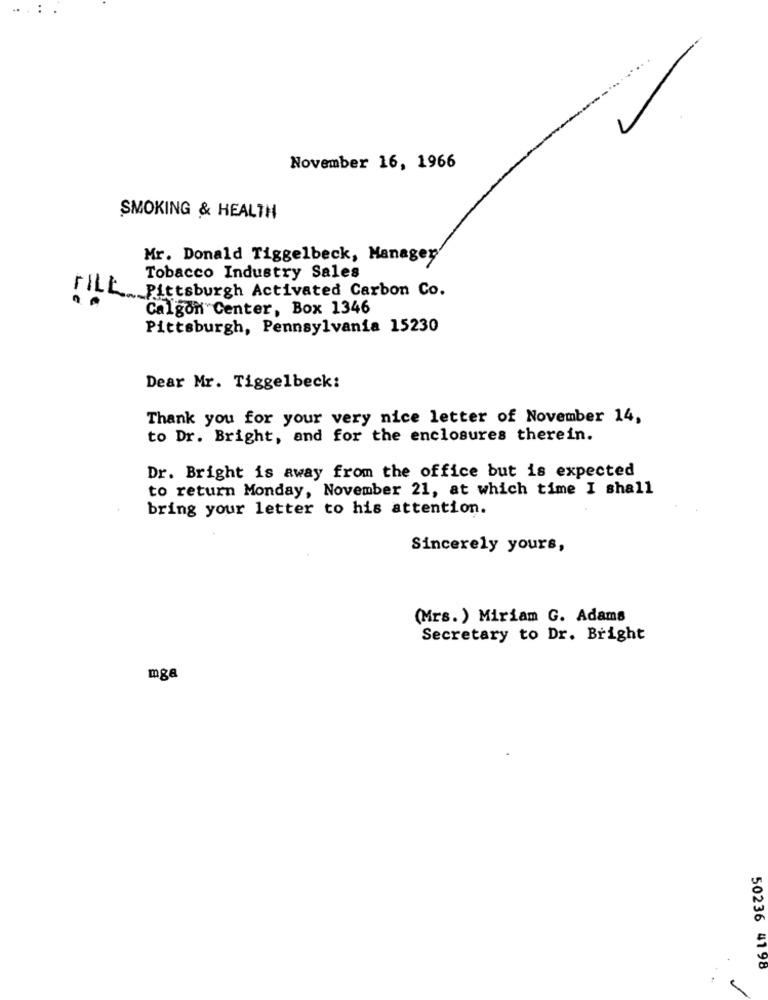
...
November 16, 1966
SMOKING & HEALTH
Mr. Donald Tiggelbeck, Manager
Tobacco Industry Sales
FILE. Pittsburgh Activated Carbon Co.
Calgon Center, Box 1346
Pittsburgh, Pennsylvania 15230
Dear Mr. Tiggelbeck:
Thank you for your very nice letter of November 14,
to Dr. Bright, and for the enclosures therein.
Dr. Bright is away from the office but is expected
to return Monday, November 21, at which time I shall
bring your letter to his attention.
Sincerely yours,
(Mrs.) Miriam G. Adams
Secretary to Dr. Bright
mga
50236 4198